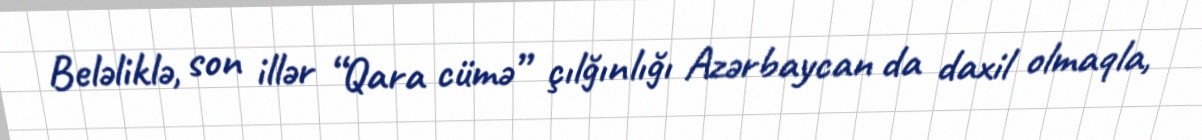
Beləliklə, son illər “Qara cümə” çılğınlığı Azərbaycan da daxil olmaqla,